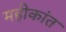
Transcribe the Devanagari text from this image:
महीकांत